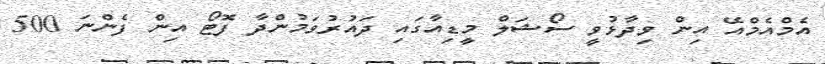
އެމްއެމްއޭ އިން ވިދާޅުވީ ސޯޝަލް މީޑިއާގައި ދައުރުވަމުންދާ ފޮޓޯ އިން ފެންނަ 500